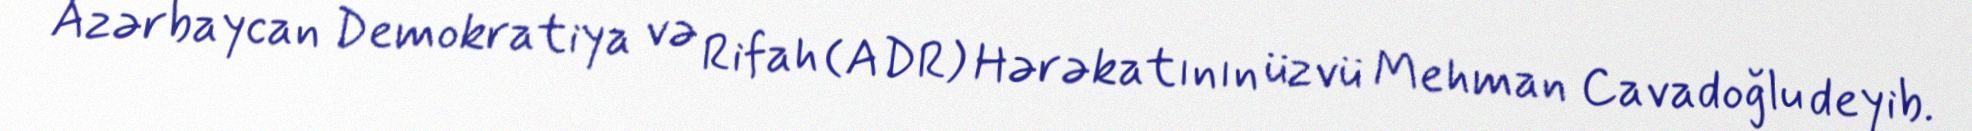
Azərbaycan Demokratiya və Rifah (ADR) Hərəkatının üzvü Mehman Cavadoğlu deyib.